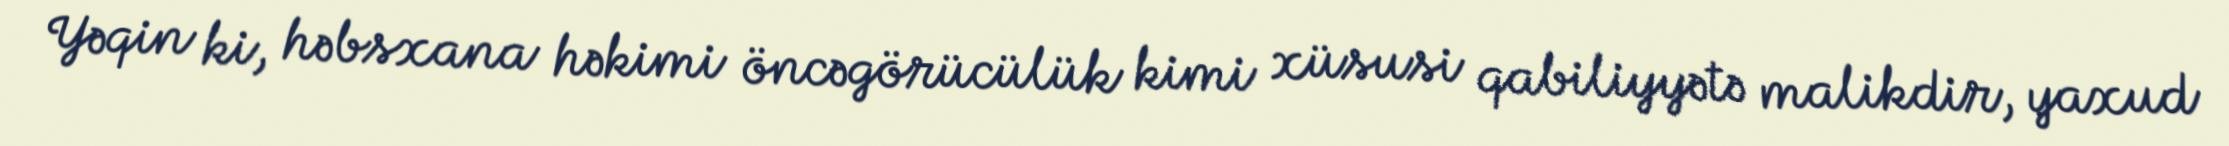
Yəqin ki, həbsxana həkimi öncəgörücülük kimi xüsusi qabiliyyətə malikdir, yaxud